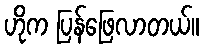
ဟိုက ပြန်ဖြေလာတယ်။